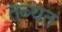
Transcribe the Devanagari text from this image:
तब्यत